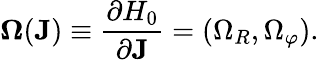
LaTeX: \boldsymbol{\Omega}(\mathbf{J})\equiv\frac{\partial H_{0}}{\partial\mathbf{J}}=(\Omega_{R},\Omega_{\varphi}).